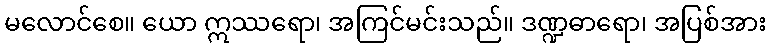
မလောင်စေ။ ယော ဣဿရော၊ အကြင်မင်းသည်။ ဒဏ္ဍဓာရော၊ အပြစ်အား